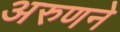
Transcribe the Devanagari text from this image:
अरुणने